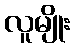
လူမျိုး